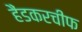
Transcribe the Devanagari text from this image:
हैंडकरचीफ